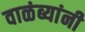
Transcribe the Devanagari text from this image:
वाळंब्यांनी